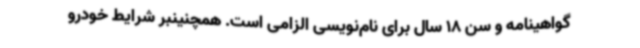
گواهینامه و سن 18 سال برای نام‌نویسی الزامی است. همچنینبر شرایط خودرو